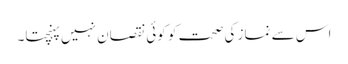
اس سے نماز کی صحت کو کوئی نقصان نہیں پہنچتا۔